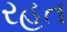
રહત